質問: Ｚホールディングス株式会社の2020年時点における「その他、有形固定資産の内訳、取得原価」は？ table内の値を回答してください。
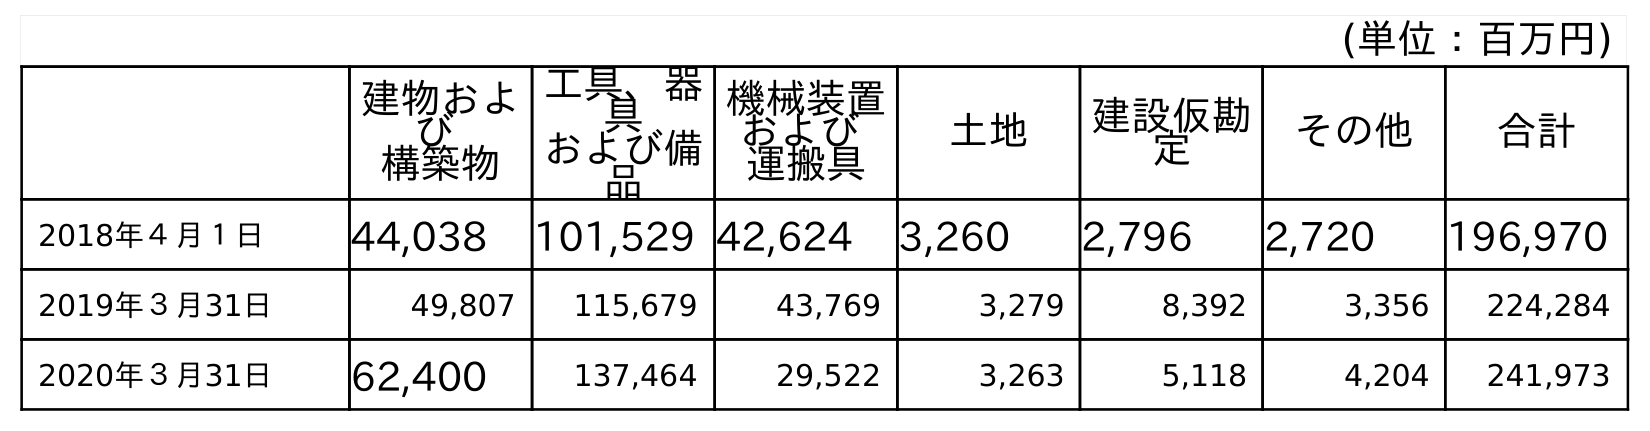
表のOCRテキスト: (単位：百万円) 建物およ び 構築物 工具、器 具 および備 品 機械装置 および 運搬具 土地 建設仮勘 定 その他 合計 2018年４月１日 44,038 101,529 42,624 3,260 2,796 2,720 196,970 2019年３月31日 49,807 115,679 43,769 3,279 8,392 3,356 224,284 2020年３月31日 62,400 137,464 29,522 3,263 5,118 4,204 241,973
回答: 4,204